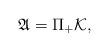
LaTeX: \begin{align*} \mathfrak{A}=\Pi _{+}\mathcal{K},\end{align*}